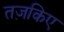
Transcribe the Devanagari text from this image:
तज़किए